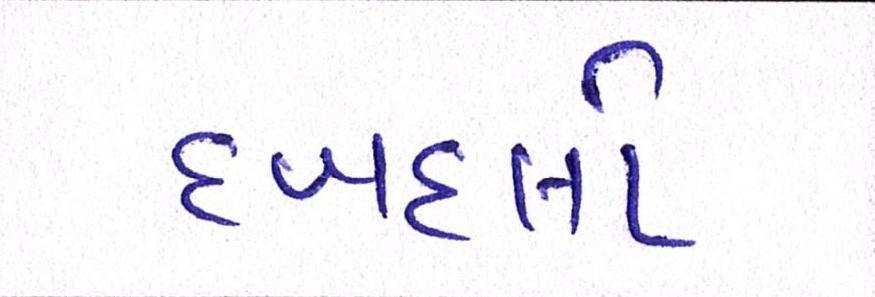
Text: દબદબો